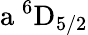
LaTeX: \mathrm{a\ ^{6}D_{5/2}}